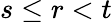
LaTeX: s\leq r<t